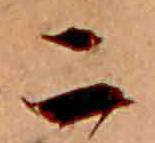
二